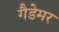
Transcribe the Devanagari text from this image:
गैडेमर